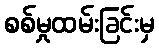
စစ်မှုထမ်းခြင်းမှ